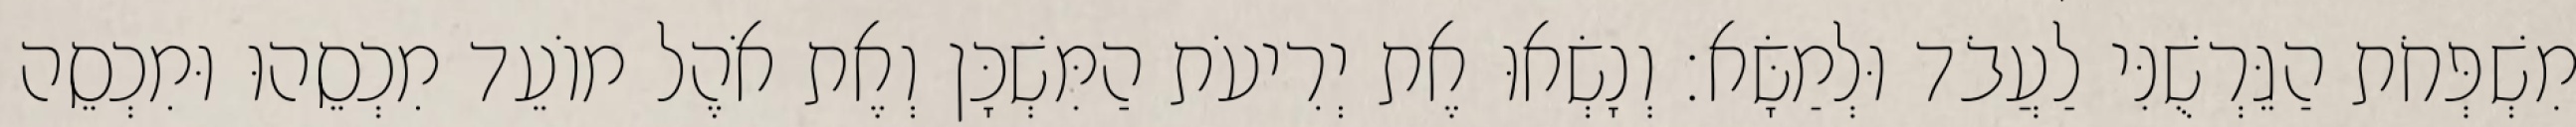
מִשְׁפְּחֹת הַגֵּרְשֻׁנִּי לַעֲבֹד וּלְמַשָּׂא׃ וְנָשְׂאוּ אֶת יְרִיעֹת הַמִּשְׁכָּן וְאֶת אֹהֶל מוֹעֵד מִכְסֵהוּ וּמִכְסֵה